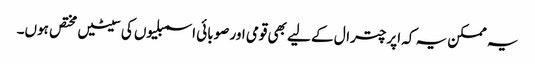
یہ ممکن یہ کہ اپر چترال کے لیے بھی قومی اور صوبائی اسمبلیوں کی سیٹیں مختص ہوں۔